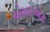
એમ૨એમ